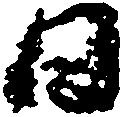
日